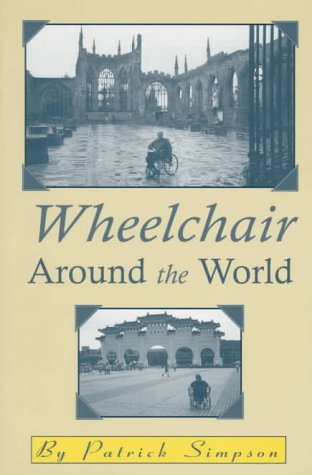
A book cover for Wheelchair Around the World; Patrick D. Simpson; Travel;